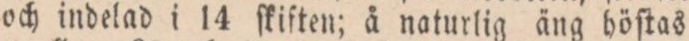
och indelad i 14 ſkiſten; å naturlig äng höſtas